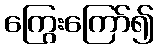
ကြွေးကြော်၍